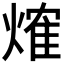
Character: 𤌍